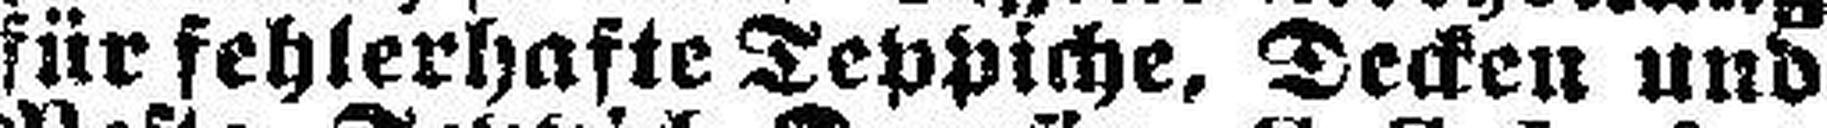
für fehlerhafte Teppiche, Decken und